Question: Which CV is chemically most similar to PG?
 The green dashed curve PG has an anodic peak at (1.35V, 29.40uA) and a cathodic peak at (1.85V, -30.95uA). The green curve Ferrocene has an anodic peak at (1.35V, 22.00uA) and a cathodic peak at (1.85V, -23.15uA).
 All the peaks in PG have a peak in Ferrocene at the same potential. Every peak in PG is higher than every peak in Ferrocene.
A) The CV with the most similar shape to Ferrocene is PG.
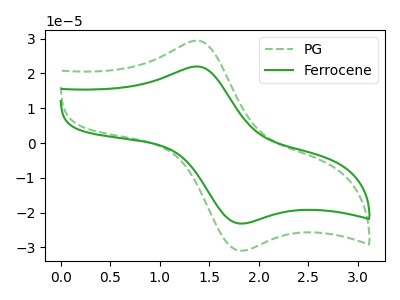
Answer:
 <answer>A) The CV with the most similar shape to "Ferrocene" is "PG".</answer>
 <eval>A</eval>